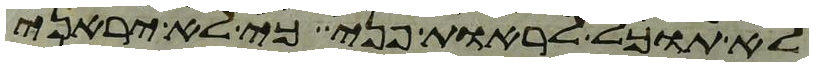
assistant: לא תוכל לראות פני כי לא יראני